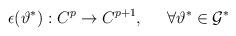
LaTeX: \begin{align*}\epsilon(\vartheta^*) :C^p \rightarrow C^{p+1}, \;\;\;\;\;\forall \vartheta^* \in {\cal G}^*\end{align*}